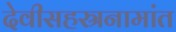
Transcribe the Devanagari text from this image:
देवीसहस्रनामांत